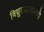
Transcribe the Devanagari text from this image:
विद्युतवहनामध्ये